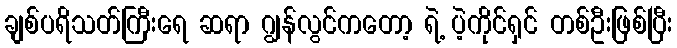
ချစ်ပရိသတ်ကြီးရေ ဆရာ ဂျွန်လွင်ကတော့ ရဲ့ ပဲ့ကိုင်ရှင် တစ်ဦးဖြစ်ပြီး